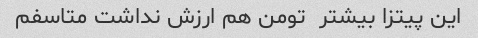
این پیتزا بیشتر  تومن هم ارزش نداشت متاسفم